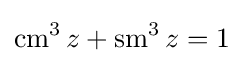
\operatorname {cm} ^{3}z+\operatorname {sm} ^{3}z=1